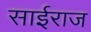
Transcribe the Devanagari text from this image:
साईराज